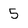
Character: 5